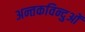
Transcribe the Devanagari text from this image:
अन्तकविन्दुओं